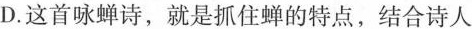
D.这首咏蝉诗，就是抓住蝉的特点，结合诗人